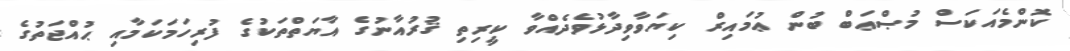
ކޮންމެއަކަސް މުޞްޢަބް ބުން ޢުމައިރް ކިޔަވާވިދާޅުވެދެއްވާ ކީރިތި ޤުރުއާނުގެ އާޔަތްތަކުގެ ފުރިހަމަކަމާއި ޙުއްޖަތުގެ